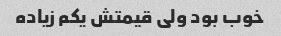
خوب بود ولی قیمتش یکم زیاده